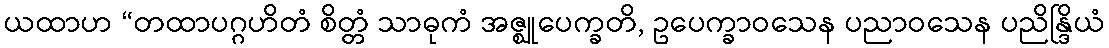
ယထာဟ “တထာပဂ္ဂဟိတံ စိတ္တံ သာဓုကံ အဇ္ဈုပေက္ခတိ, ဥပေက္ခာဝသေန ပညာဝသေန ပညိန္ဒြိယံ